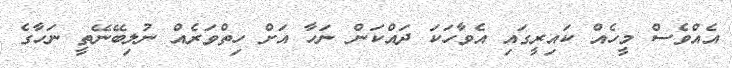
އެއްވެސް މީހެއް ކައިރީގައި އެވާހަކަ ދައްކަން ނަހާ އަށް ހިތްވަރެއް ނުލިބޭނޭތީ ނަހާގެ